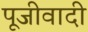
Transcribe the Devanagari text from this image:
पूजीवादी